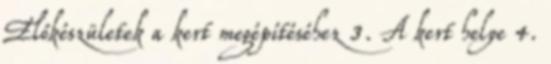
Előkészületek a kert megépítéséhez 3. A kert helye 4.